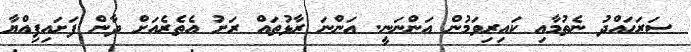
ސަރަހައްދު ނެތުމާއި ކައިރިވަމުން އަންނަނީ. އަންނަ ރާޅުތައް ރަށު އެތެރެއަށް ދާން ފަށައިފިއްޔާ